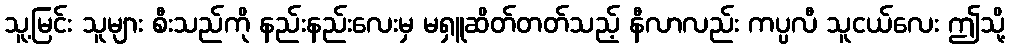
သူ့မြင်း သူများ စီးသည်ကို နည်းနည်းလေးမှ မရှူဆိတ်တတ်သည့် နီလာလည်း ကပ္ပလီ သူငယ်လေး ဤသို့